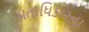
મતાધિકારના